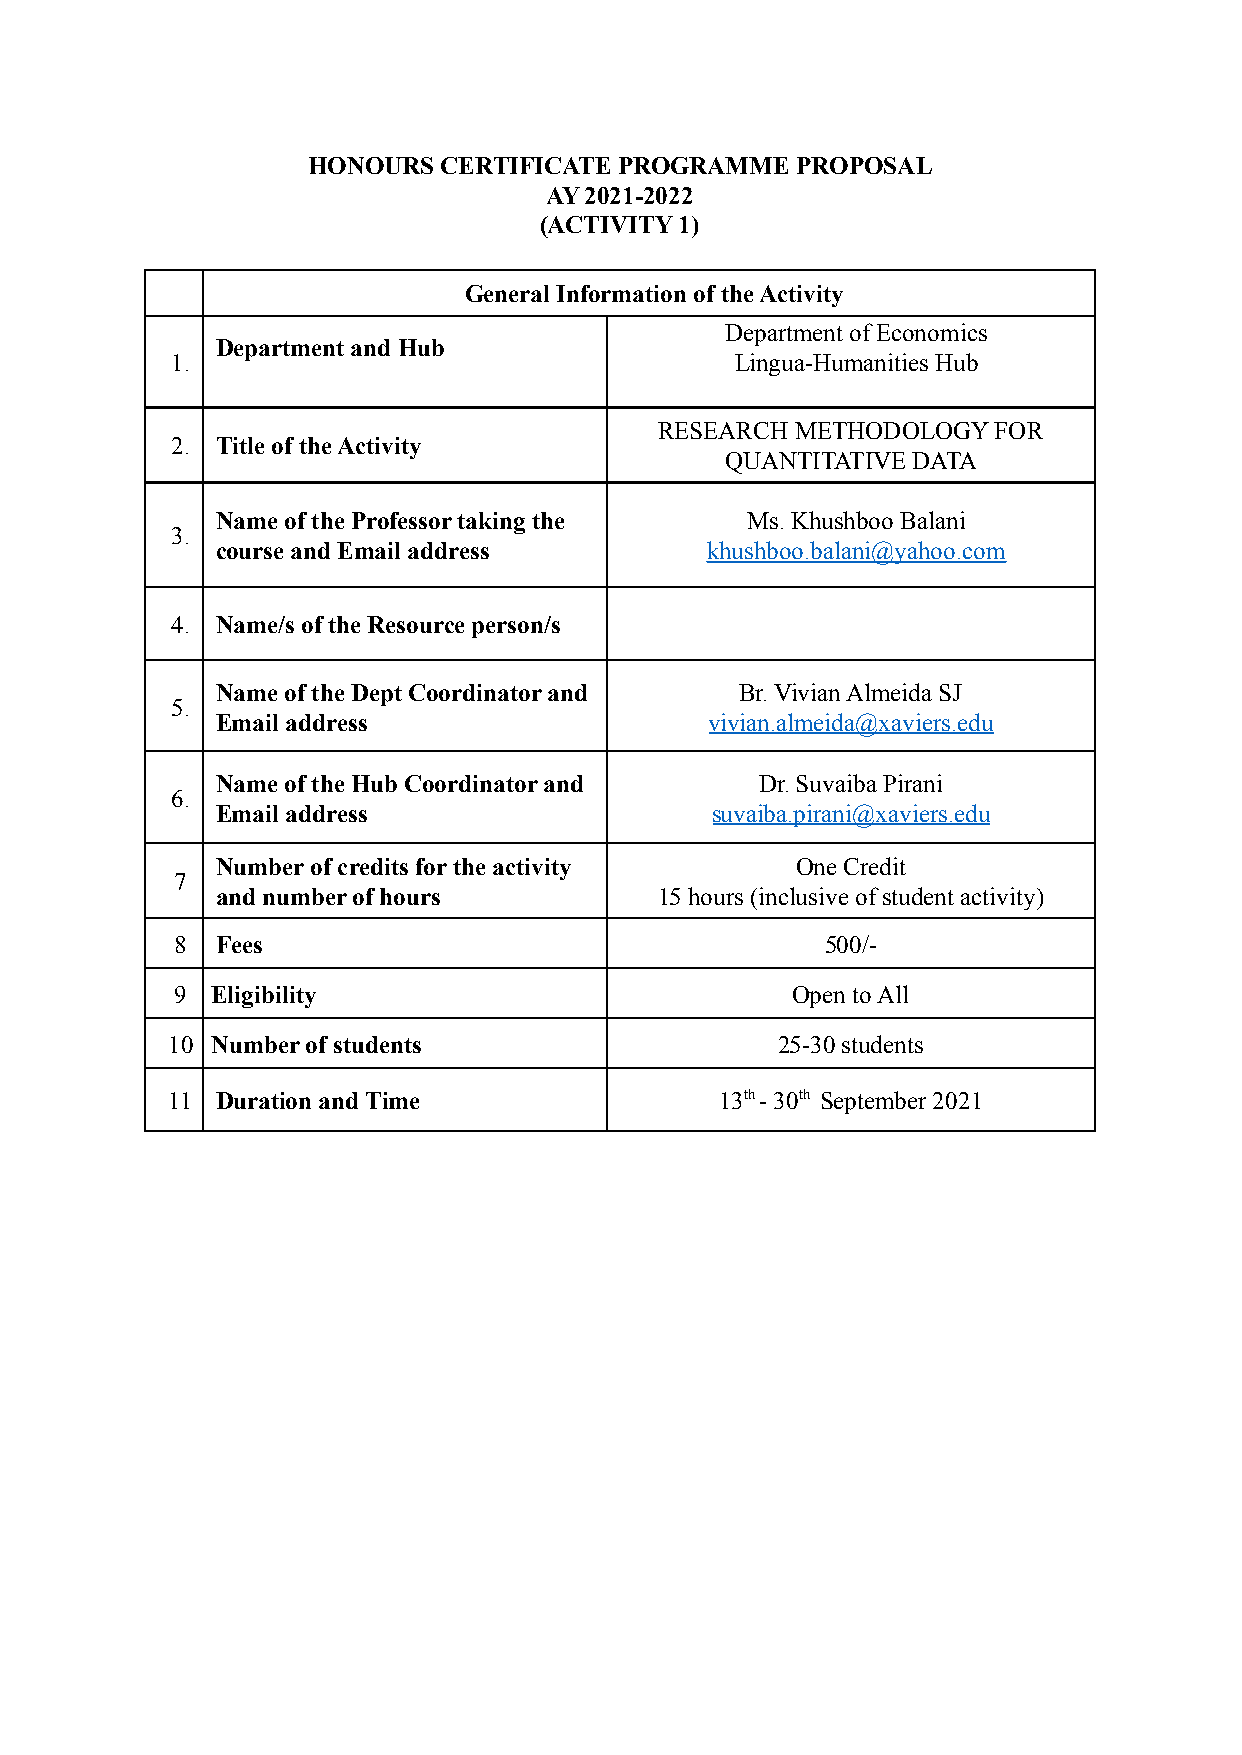
HONOURS  CERTIFICATE PROGRAMME   PROPOSAL
 AY 2021-2022
 (ACTIVITY 1)
 General Information of the Activity
 Department of Economics
 Department and Hub
 1.                                    Lingua-Humanities Hub
 RESEARCH METHODOLOGY  FOR
 2. Title of the Activity
 QUANTITATIVE DATA
 Name of the Professor taking the   Ms. Khushboo Balani
 3.
 course and Email address         khushboo.balani@yahoo.com
 4. Name/s of the Resource person/s
 Name of the Dept Coordinator and   Br. Vivian Almeida SJ
 5.
 Email address                    vivian.almeida@xaviers.edu
 Name of the Hub Coordinator and     Dr. Suvaiba Pirani
 6.
 Email address                    suvaiba.pirani@xaviers.edu
 Number of credits for the activity     One Credit
 7
 and number of hours           15 hours (inclusive of student activity)
 8 Fees                                     500/-
 9 Eligibility                           Open to All
 10 Number of students                   25-30 students
 11 Duration and Time                 13th- 30th September 2021